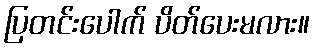
ပြတင်းပေါက် ပိတ်ပေးမလား။